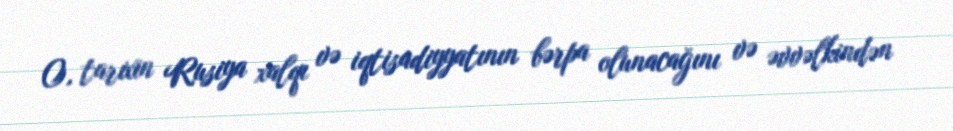
O, tarixin Rusiya xalqı və iqtisadiyyatının bərpa olunacağını və əvvəlkindən